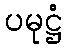
ပမုဋ္ဌံ